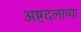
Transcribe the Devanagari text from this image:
अष्टदलाच्या